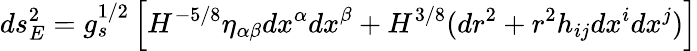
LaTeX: ds_{E}^{2}=g_{s}^{1/2}\left[H^{-5/8}\eta_{\alpha\beta}dx^{\alpha}dx^{\beta}+H^{3/8}(dr^{2}+r^{2}h_{ij}dx^{i}dx^{j})\right]